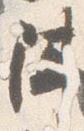
陣